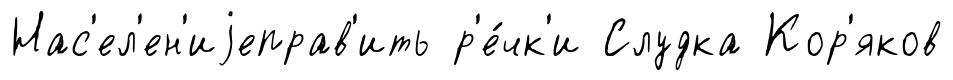
Нас'ел'ен'иjеправ'ить р'е́чк'и Слудка Кор'яков